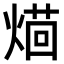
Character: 𤌚